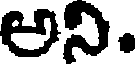
అని.